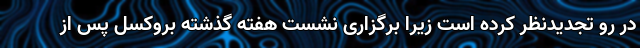
در رو تجدیدنظر کرده است زیرا برگزاری نشست هفته گذشته بروکسل پس از